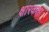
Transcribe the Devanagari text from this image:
क्षारकता